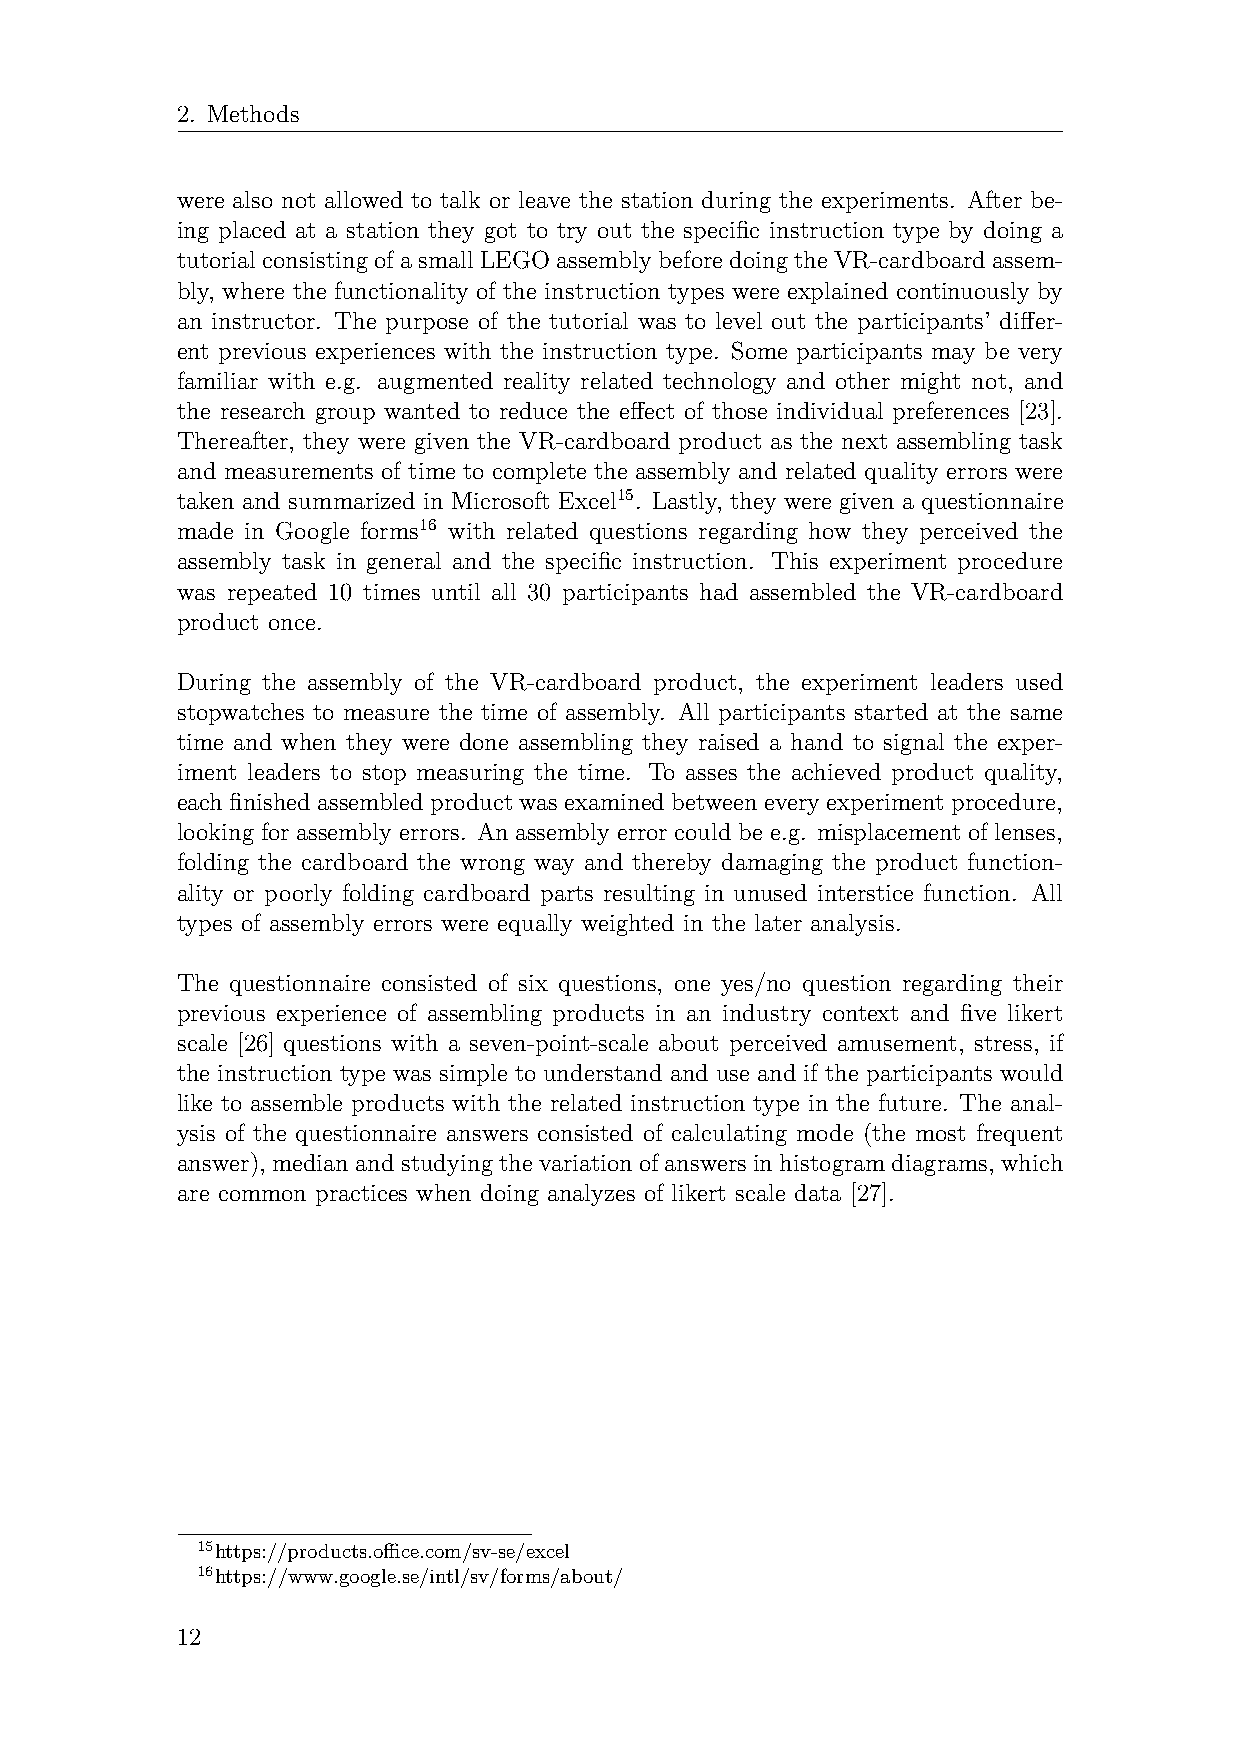
2. Methods
 were also not allowed to talk or leave the station during the experiments. After be-
 ing placed at a station they got to try out the specific instruction type by doing a
 tutorial consisting of a small LEGO assembly beforedoing the VR-cardboard assem-
 bly, where the functionality of the instruction types were explained continuously by
 an instructor. The purpose of the tutorial was to level out the participants’ differ-
 ent previous experiences with the instruction type. Some participants may be very
 familiar with e.g. augmented reality related technology and other might not, and
 the research group wanted to reduce the effect of those individual preferences [23].
 Thereafter, they were given the VR-cardboard product as the next assembling task
 and measurements of time to complete the assembly and related quality errors were
 taken and summarized in Microsoft Excel15. Lastly, they were given a questionnaire
 made in Google forms16 with related questions regarding how they perceived the
 assembly task in general and the specific instruction. This experiment procedure
 was repeated 10 times until all 30 participants had assembled the VR-cardboard
 product once.
 During the assembly of the VR-cardboard product, the experiment leaders used
 stopwatches to measure the time of assembly. All participants started at the same
 time and when they were done assembling they raised a hand to signal the exper-
 iment leaders to stop measuring the time. To asses the achieved product quality,
 eachfinishedassembledproductwasexaminedbetweeneveryexperimentprocedure,
 looking for assembly errors. An assembly error could be e.g. misplacement of lenses,
 folding the cardboard the wrong way and thereby damaging the product function-
 ality or poorly folding cardboard parts resulting in unused interstice function. All
 types of assembly errors were equally weighted in the later analysis.
 The questionnaire consisted of six questions, one yes/no question regarding their
 previous experience of assembling products in an industry context and five likert
 scale [26] questions with a seven-point-scale about perceived amusement, stress, if
 the instruction type was simple to understand and use and if the participants would
 like to assemble products with the related instruction type in the future. The anal-
 ysis of the questionnaire answers consisted of calculating mode (the most frequent
 answer), medianandstudyingthevariationofanswersinhistogramdiagrams, which
 are common practices when doing analyzes of likert scale data [27].
 15https://products.office.com/sv-se/excel
 16https://www.google.se/intl/sv/forms/about/
 12